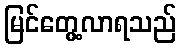
မြင်တွေ့လာရသည်